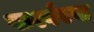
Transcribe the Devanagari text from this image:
पार्श्वस्या